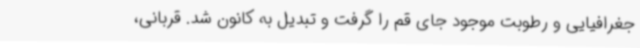
جغرافیایی و رطوبت موجود جای قم را گرفت و تبدیل به کانون شد. قربانی،